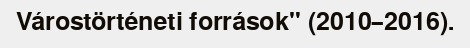
Várostörténeti források" (2010–2016).